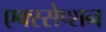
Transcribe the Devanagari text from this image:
एक्स्सेप्शन